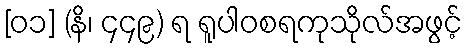
[၀၁] (နိ၊ ၄၄၉) ရ ရူပါဝစရကုသိုလ်အဖွင့်